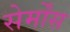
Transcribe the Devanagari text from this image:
सेर्मोंस